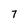
Character: 7